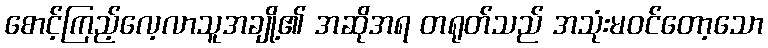
စောင့်ကြည့်လေ့လာသူအချို့၏ အဆိုအရ တရုတ်သည် အသုံးမဝင်တော့သော